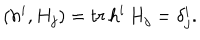
( h ^ { i } , H _ { j } ) = t r \, h ^ { i } \, H _ { j } = \delta _ { j } ^ { i } .